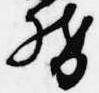
督